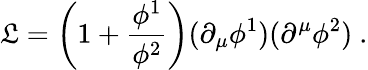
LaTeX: {\cal\mathfrak{L}}=\left(1+\frac{{\phi^{1}}}{{\phi^{2}}}\right)(\partial_{\mu}\phi^{1})(\partial^{\mu}\phi^{2})\ .